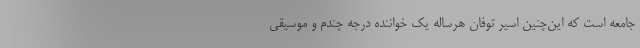
جامعه است که این‌چنین اسیر توفان هرساله یک خواننده درجه چندم و موسیقی